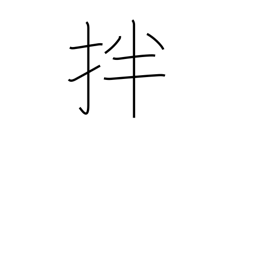
Meaning: stir and mix